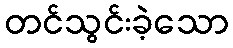
တင်သွင်းခဲ့သော